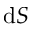
\mathrm { d } S